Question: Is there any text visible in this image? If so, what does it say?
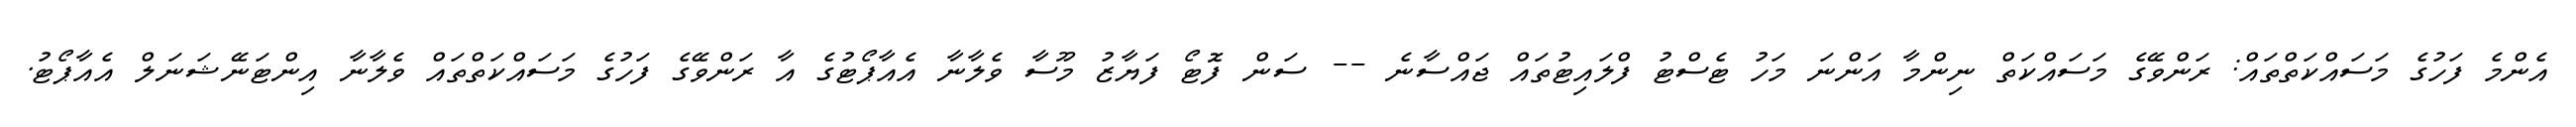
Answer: އެންމެ ފަހުގެ މަސައްކަތްތައް: ރަންވޭގެ މަސައްކަތް ނިންމާ އަންނަ މަހު ޓެސްޓު ފްލައިޓުތައް ޖައްސާނެ -- ސަން ފޮޓޯ ފަޔާޒު މޫސާ ވެލާނާ އެއާޕޯޓުގެ އާ ރަންވޭގެ ފަހުގެ މަސައްކަތްތައް ވެލާނާ އިންޓަނޭޝަނަލް އެއާޕޯޓު.